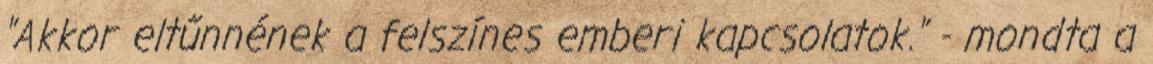
"Akkor eltűnnének a felszínes emberi kapcsolatok." - mondta a